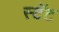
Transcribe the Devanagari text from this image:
स्टॅट